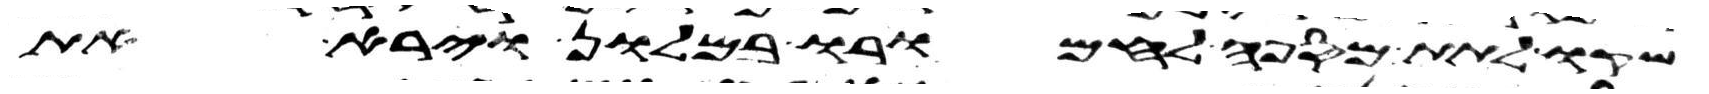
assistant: שקו לתת מספה לחמרו במלון וירא את